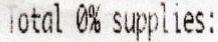
TOTAL 0% SUPPLIES: